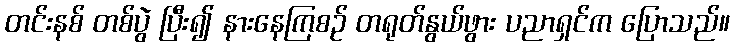
တင်းနစ် တစ်ပွဲ ပြီး၍ နားနေကြစဉ် တရုတ်နွယ်ဖွား ပညာရှင်က ပြောသည်။